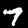
Label: 7